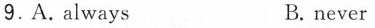
9.A. Always B. never